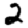
Digit: 2